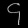
Digit: ၄